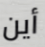
أين